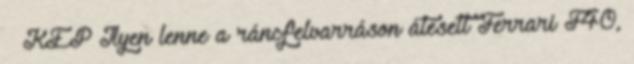
– KÉP Ilyen lenne a ráncfelvarráson átesett Ferrari F40,